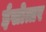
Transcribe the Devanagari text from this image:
ईसोत्तर